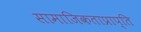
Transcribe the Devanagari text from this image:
सामाजिकताप्राप्ति